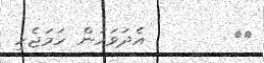
٢٤        އެދުވަހުން ހަމަޖެހި